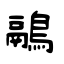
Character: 鷊